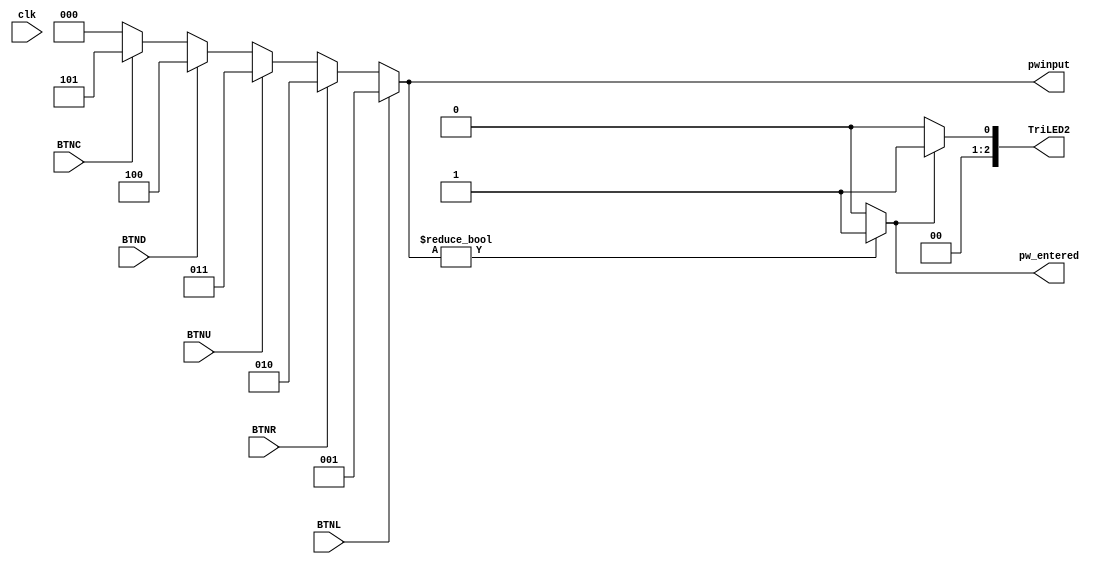
`timescale 1ns / 1ps
//////////////////////////////////////////////////////////////////////////////////
// Company: 
// Engineer: 
// 
// Design Name: 
// Module Name: pwread
// Project Name: 
// Target Devices: 
// Tool Versions: 
// Description: 
// 
// Dependencies: 
// 
// Revision:
// Revision 0.01 - File Created
// Additional Comments:
// 
//////////////////////////////////////////////////////////////////////////////////

module pwread(
    input clk, BTNL, BTNR, BTNU, BTND, BTNC, 
    output wire [2:0] pwinput,
    output wire pw_entered, output wire [2:0] TriLED2
);
    //parameter left = 3'b001, right = 3'b010, up= 3'b011, down = 3'b100, center = 3'b101;
    
    assign pwinput = (BTNL)? 3'b001: (BTNR)? 3'b010: (BTNU)? 3'b011: (BTND)? 3'b100: (BTNC)? 3'b101: 3'b000;
    assign pw_entered = (pwinput != 3'b000)? 1: 0; 
    assign TriLED2[0] = (pw_entered == 1'b1)? 1: 0; assign TriLED2[1] = 0; assign TriLED2[2] = 0;
    
endmodule